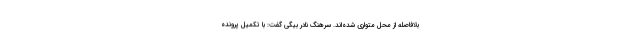
بلافاصله از محل متواری شده‌اند. سرهنگ نادر بیگی گفت: با تکمیل پرونده